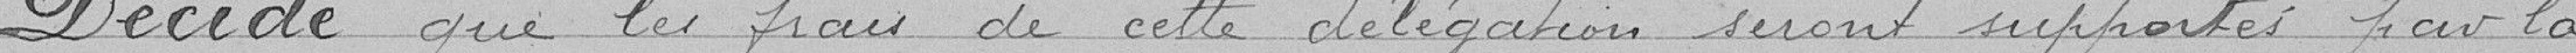
Décide que les frais de cette délégation seront supporter par la